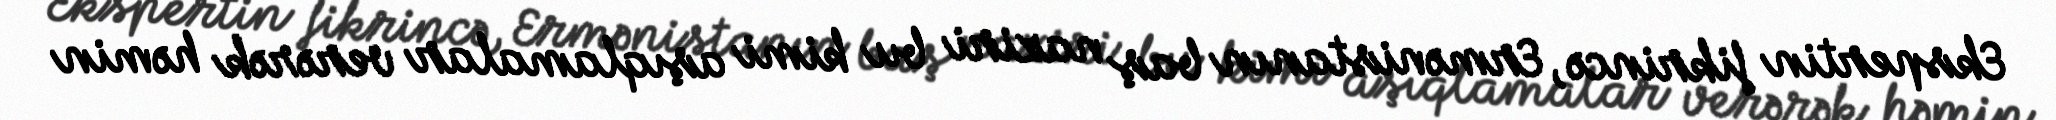
Ekspertin fikrincə, Ermənistanın baş naziri bu kimi aşıqlamalar verərək həmin